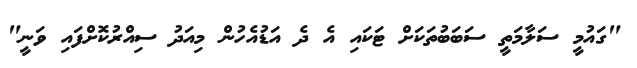
"ގައުމީ ސަލާމަތީ ސަބަބުތަކަށް ޓަކައި އެ ދެ އަޑުއެހުން މިއަދު ސިއްރުކޮށްފައި ވަނީ"